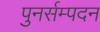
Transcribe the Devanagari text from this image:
पुनर्सम्पदन